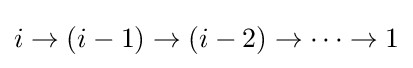
i\rightarrow (i-1)\rightarrow (i-2)\rightarrow \cdots \rightarrow 1